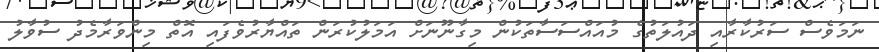
ނަމަވެސް ސަރުކާރާއި ދައުލަތުގެ މުއައްސަސާތަކުން މިގާނޫނަށް އަމަލުކުރަން ތައްޔާރުވެފައި އޮތް މިންވަރާމެދު ސުވާލު